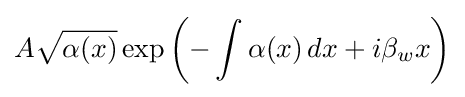
A{\sqrt {\alpha (x)}}\exp \left(-\int \alpha (x)\,dx+i\beta _{w}x\right)